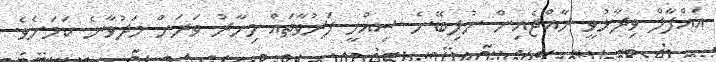
އައްފާލް ވިދާޅުވީ ރާއްޖެއިން ނުލިބޭނެ ސިއްހީ ފަރުވާތައް މިހާރު ވަރަށް މަދުވާނެ ކަމަށެވެ.